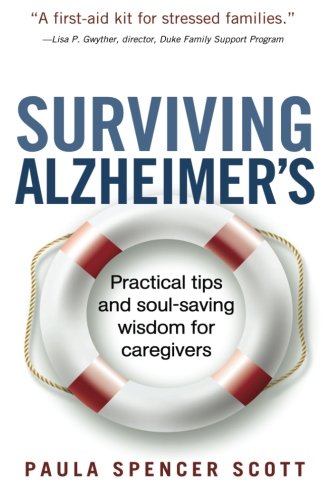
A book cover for Surviving Alzheimer's: Practical tips and soul-saving wisdom for caregivers; Paula Spencer Scott; Parenting & Relationships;